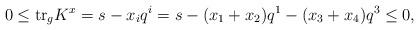
LaTeX: \begin{align*}0 \leq {\rm tr}_gK^x=s-x_iq^i=s-(x_1+x_2)q^1-(x_3+x_4)q^3 \leq 0,\end{align*}